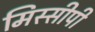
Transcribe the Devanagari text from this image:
मिस्सीपी